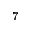
^ { - 7 }